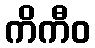
ကိကီဝ